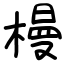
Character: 槾